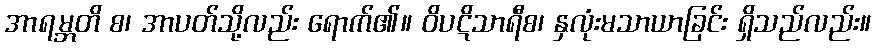
အာရမ္ဘတိ စ၊ အာပတ်သို့လည်း ရောက်၏။ ဝိပဋိသာရီစ၊ နှလုံးမသာယာခြင်း ရှိသည်လည်း။